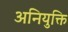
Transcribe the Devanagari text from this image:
अनियुक्ति